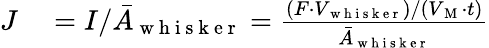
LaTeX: \begin{array}{rl}{J}&{{}=I/\bar{A}_{\mathrm{~w~h~i~s~k~e~r~}}=\frac{(F\cdot V_{\mathrm{~w~h~i~s~k~e~r~}})/(V_{\mathrm{~M~}}\cdot t)}{\bar{A}_{\mathrm{~w~h~i~s~k~e~r~}}}}\end{array}